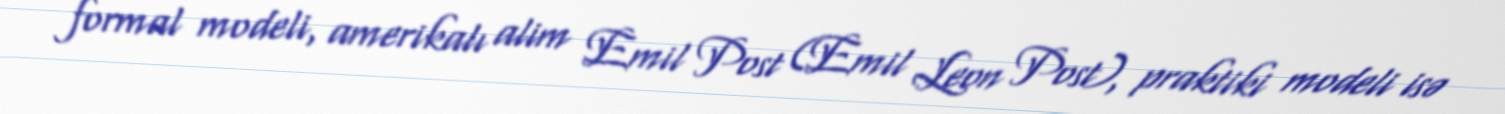
formal modeli, amerikalı alim Emil Post (Emil Leon Post), praktiki modeli isə